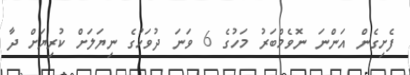
ފެށިގެން އަންނަ ނޮވެމްބަރު މަހުގެ 6 ވަނަ ދުވަހުގެ ނިޔަލަށް ކުރިޔަށް ދާ